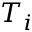
T _ { i }